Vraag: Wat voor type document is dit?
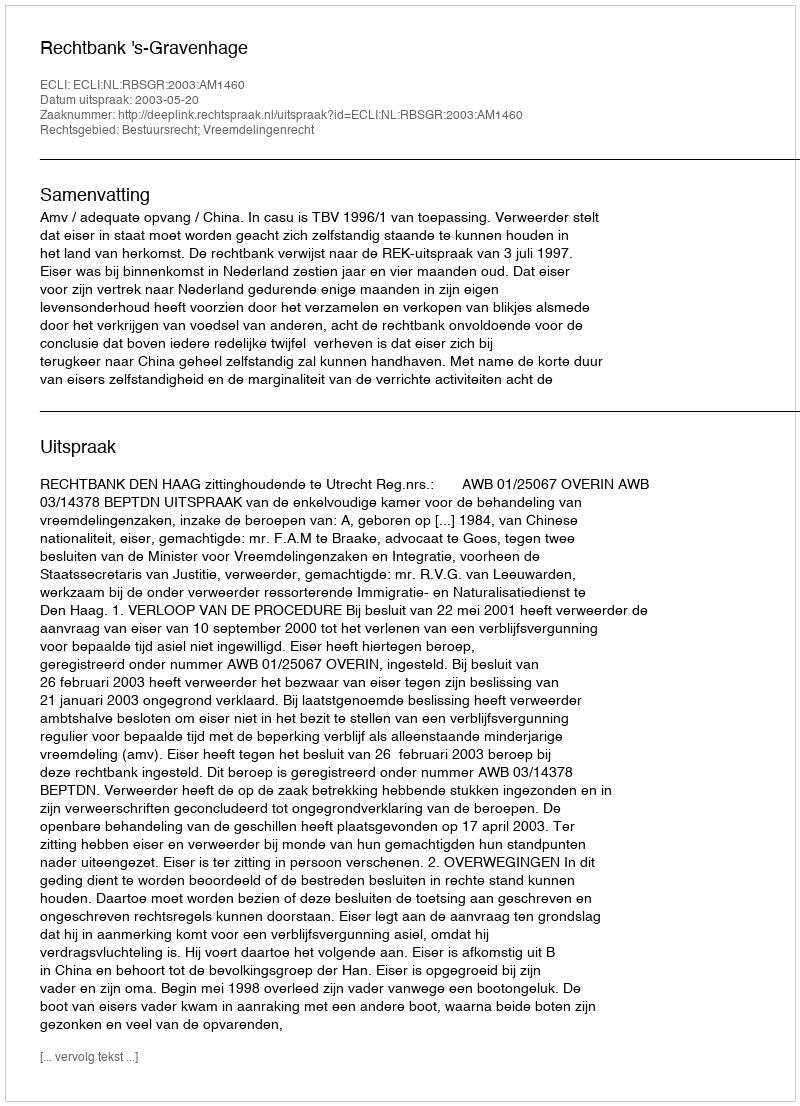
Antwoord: Uitspraak